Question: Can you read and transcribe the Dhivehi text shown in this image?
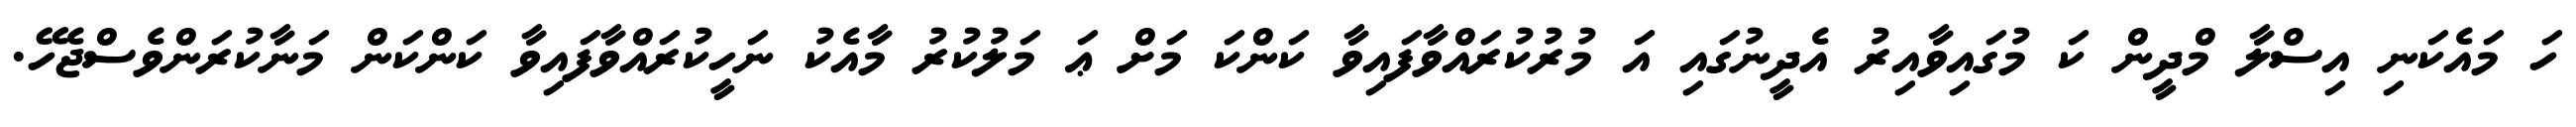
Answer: ހަ މައެކަނި އިސްލާ މްދީން ކަ މުގައިވާއިރު އެދީނުގައި އަ މުރުކުރައްވާފައިވާ ކަންކަ މަށް ޢަ މަލުކުރު މާއެކު ނަހީކުރައްވާފައިވާ ކަންކަން މަނާކުރަންވެސްޖެހޭ.